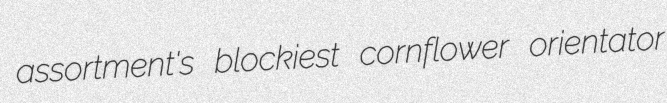
assortment's blockiest cornflower orientator